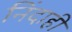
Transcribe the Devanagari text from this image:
निंदाही